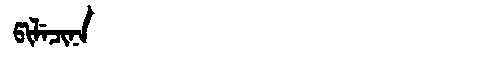
Manchu: ᡦᡳᠯᡝᠴᡳᠨᠠ
Romanization: PILECINA